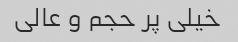
خیلی پر حجم و عالی